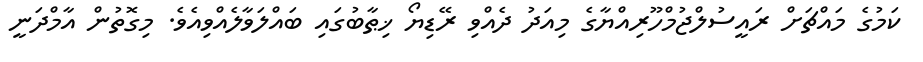
ކަމުގެ މައްޗަށް ރައީސުލްޖުމްހޫރިއްޔާގެ މިއަދު ދެއްވި ރޭޑިޔޯ ޚިޠާބުގައި ބައްލަވާލެއްވިއެވެ. މިގޮތުން އާމްދަނީ